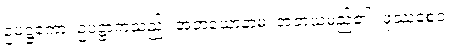
ဥပဋ္ဌကော၊ ဥပဋ္ဌာကသည်။ အဘယောနာမ၊ အဘယမည်၏။ ဖုဿစေဝ၊